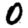
Digit: 0